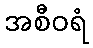
အစီဝရံ